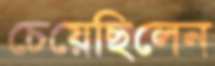
চেয়েছিলেন